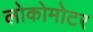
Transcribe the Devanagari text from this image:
लोकोमोटर